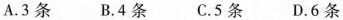
A.3条 B.4条 C.5条 D.6条